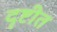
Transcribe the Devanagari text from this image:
दृष्टीत